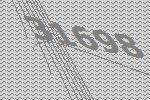
31698